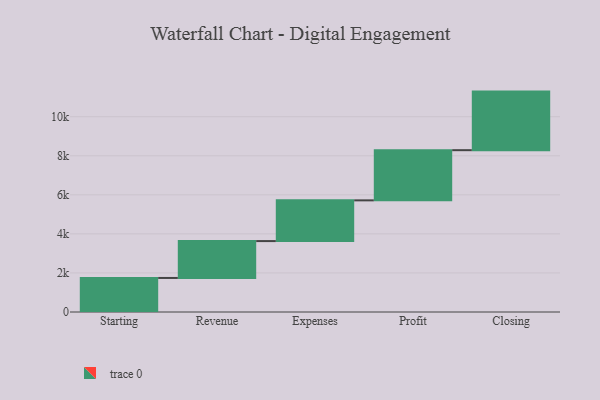
{"axis": {"x": "Step", "y": "Value"}, "legend": [""], "data": [{"x": "Starting", "y": 1743.0, "type": ""}, {"x": "Revenue", "y": 1889.0, "type": ""}, {"x": "Expenses", "y": 2085.0, "type": ""}, {"x": "Profit", "y": 2570.0, "type": ""}, {"x": "Closing", "y": 3000, "type": ""}]}